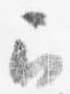
召